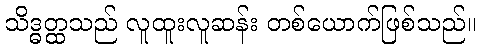
သိဒ္ဓတ္ထသည် လူထူးလူဆန်း တစ်ယောက်ဖြစ်သည်။